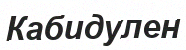
Кабидулен